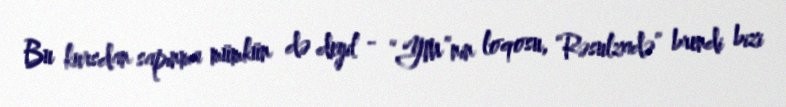
Bu kursdan sapınma mümkün də deyil - “YM”nin loqosu, “Rəsulzadə” brendi bizi